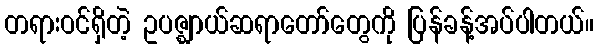
တရားဝင်ရှိတဲ့ ဥပဇ္ဈာယ်ဆရာတော်တွေကို ပြန်ခန့်အပ်ပါတယ်။